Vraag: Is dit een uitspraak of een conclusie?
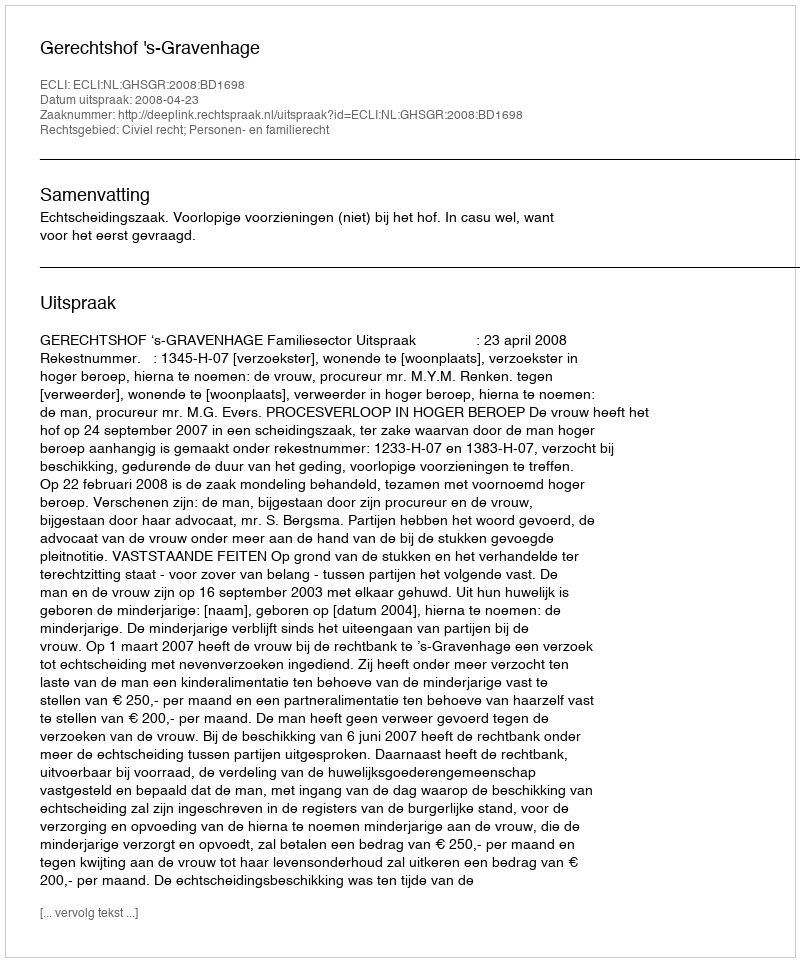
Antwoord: Uitspraak